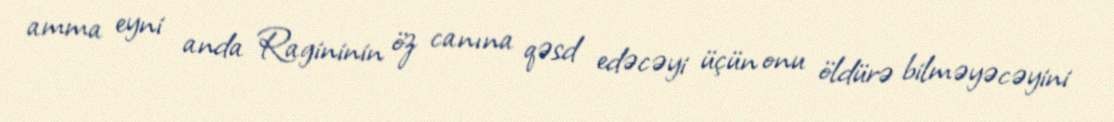
amma eyni anda Ragininin öz canına qəsd edəcəyi üçün onu öldürə bilməyəcəyini